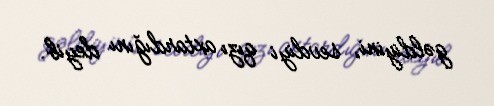
gəldiyini, sevdiyi qızı axtardığını deyib.